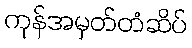
ကုန်အမှတ်တံဆိပ်